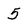
Character: 5